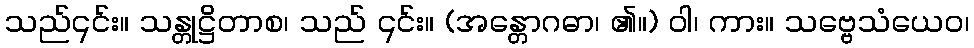
သည်၎င်း။ သန္တုဋ္ဌိတာစ၊ သည် ၎င်း။ (အန္တောဂဓာ၊ ၏။) ဝါ၊ ကား။ သဗ္ဗေသံယေဝ၊